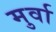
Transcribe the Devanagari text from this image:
मुर्वा